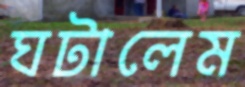
ঘটালেম